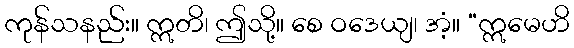
ကုန်သနည်း။ ဣတိ၊ ဤသို့။ စေ ဝဒေယျ၊ အံ့။ “ဣမေဟိ